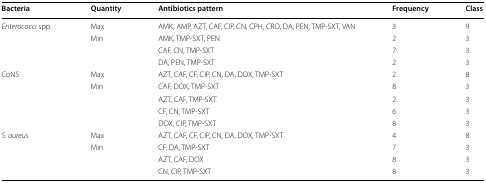
<table><thead><tr><td><b>Bacteria</b></td><td><b>Quantity</b></td><td><b>Antibiotics pattern</b></td><td><b>Frequency</b></td><td><b>Class</b></td></tr></thead><tbody><tr><td rowspan="4"><i>Enterococci</i> spp.</td><td>Max</td><td>AMK, AMP, AZT, CAF, CIP, CN, CPH, CRO, DA, PEN, TMP-SXT, VAN</td><td>3</td><td>9</td></tr><tr><td rowspan="3">Min</td><td>AMK, TMP-SXT, PEN</td><td>2</td><td>3</td></tr><tr><td>CAF, CN, TMP-SXT</td><td>7</td><td>3</td></tr><tr><td>DA, PEN, TMP-SXT</td><td>2</td><td>3</td></tr><tr><td rowspan="5">CoNS</td><td>Max</td><td>AZT, CAF, CF, CIP, CN, DA, DOX, TMP-SXT</td><td>2</td><td>8</td></tr><tr><td rowspan="4">Min</td><td>CAF, DOX, TMP-SXT</td><td>8</td><td>3</td></tr><tr><td>AZT, CAF, TMP-SXT</td><td>2</td><td>3</td></tr><tr><td>CF, CN, TMP-SXT</td><td>6</td><td>3</td></tr><tr><td>DOX, CIP, TMP-SXT</td><td>8</td><td>3</td></tr><tr><td rowspan="4"><i>S. aureus</i></td><td>Max</td><td>AZT, CAF, CF, CIP, CN, DA, DOX, TMP-SXT</td><td>4</td><td>8</td></tr><tr><td rowspan="3">Min</td><td>CF, DA, TMP-SXT</td><td>7</td><td>3</td></tr><tr><td>AZT, CAF, DOX</td><td>8</td><td>3</td></tr><tr><td>CN, CIP, TMP-SXT</td><td>8</td><td>3</td></tr></tbody></table>